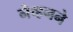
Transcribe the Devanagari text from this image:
नेव्हनने